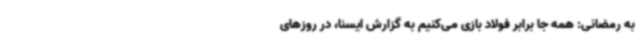
به رمضانی: همه جا برابر فولاد بازی می‌کنیم به گزارش ایسنا، در روزهای